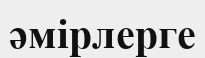
әмірлерге